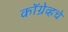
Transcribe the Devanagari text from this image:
कॉग्रेव्हचे